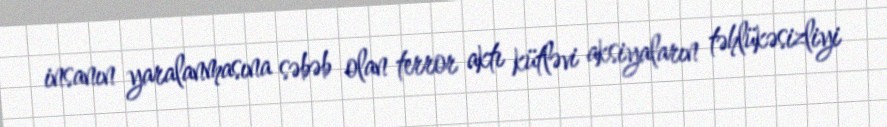
insanın yaralanmasına səbəb olan terror aktı kütləvi aksiyaların təhlükəsizliyi